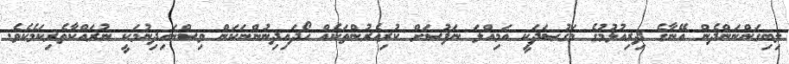
ލިބިގަންނަންދެން އޭނާގެ ދިރިއުޅުމުގެ މަޤުޞަދަކީ އަމިއްލަ ނަފުސަށް ކުރިއެރުންތަކެއް ހޯދައިދިނުންނަކަން ވިސްނައިދިނުމަކީ ނުރައްކާތެރިކަމެކެވެ.